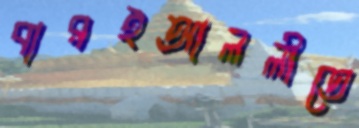
বারইআললীতে